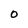
Character: 0